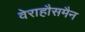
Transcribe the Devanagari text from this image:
वेराहौसमैन